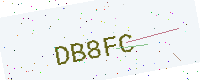
Text: DB8FC